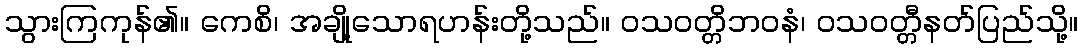
သွားကြကုန်၏။ ကေစိ၊ အချို့သောရဟန်းတို့သည်။ ဝသဝတ္တိဘဝနံ၊ ဝသဝတ္တီနတ်ပြည်သို့။